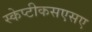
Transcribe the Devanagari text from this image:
स्केप्टीकसएसए